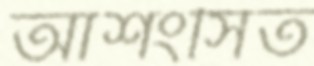
আশংসিত